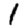
Digit: 1